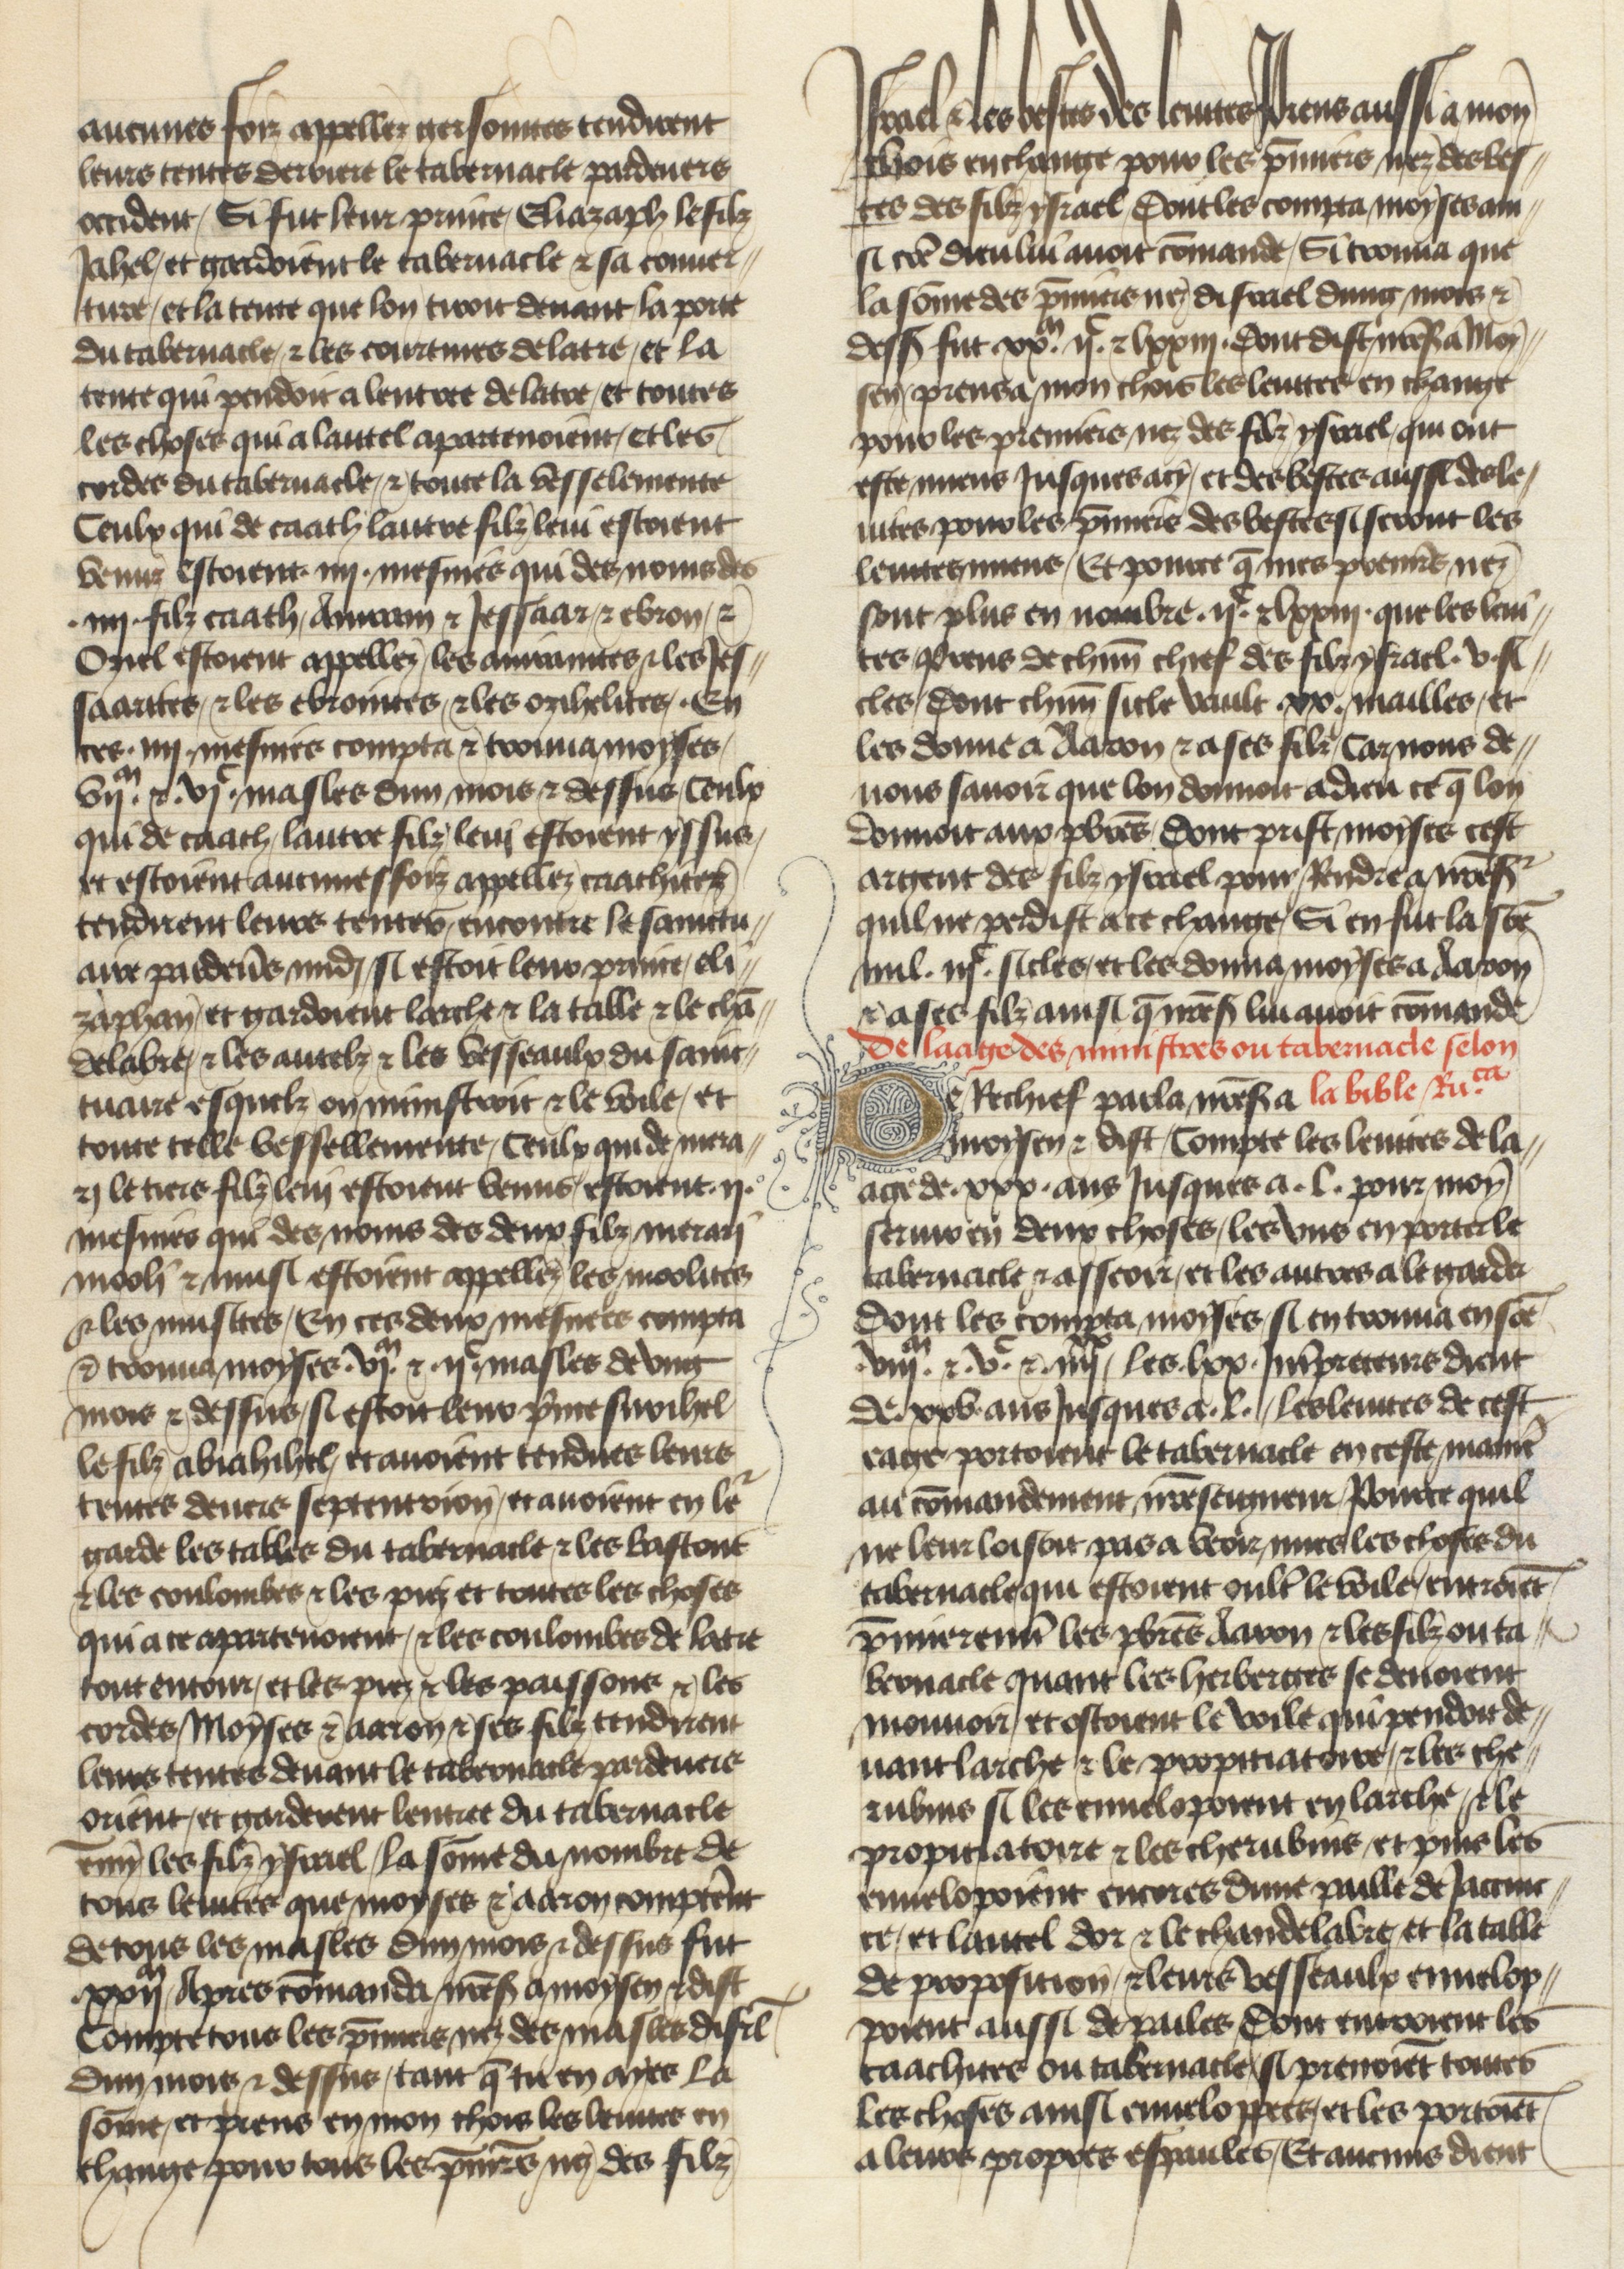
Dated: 1400–1450